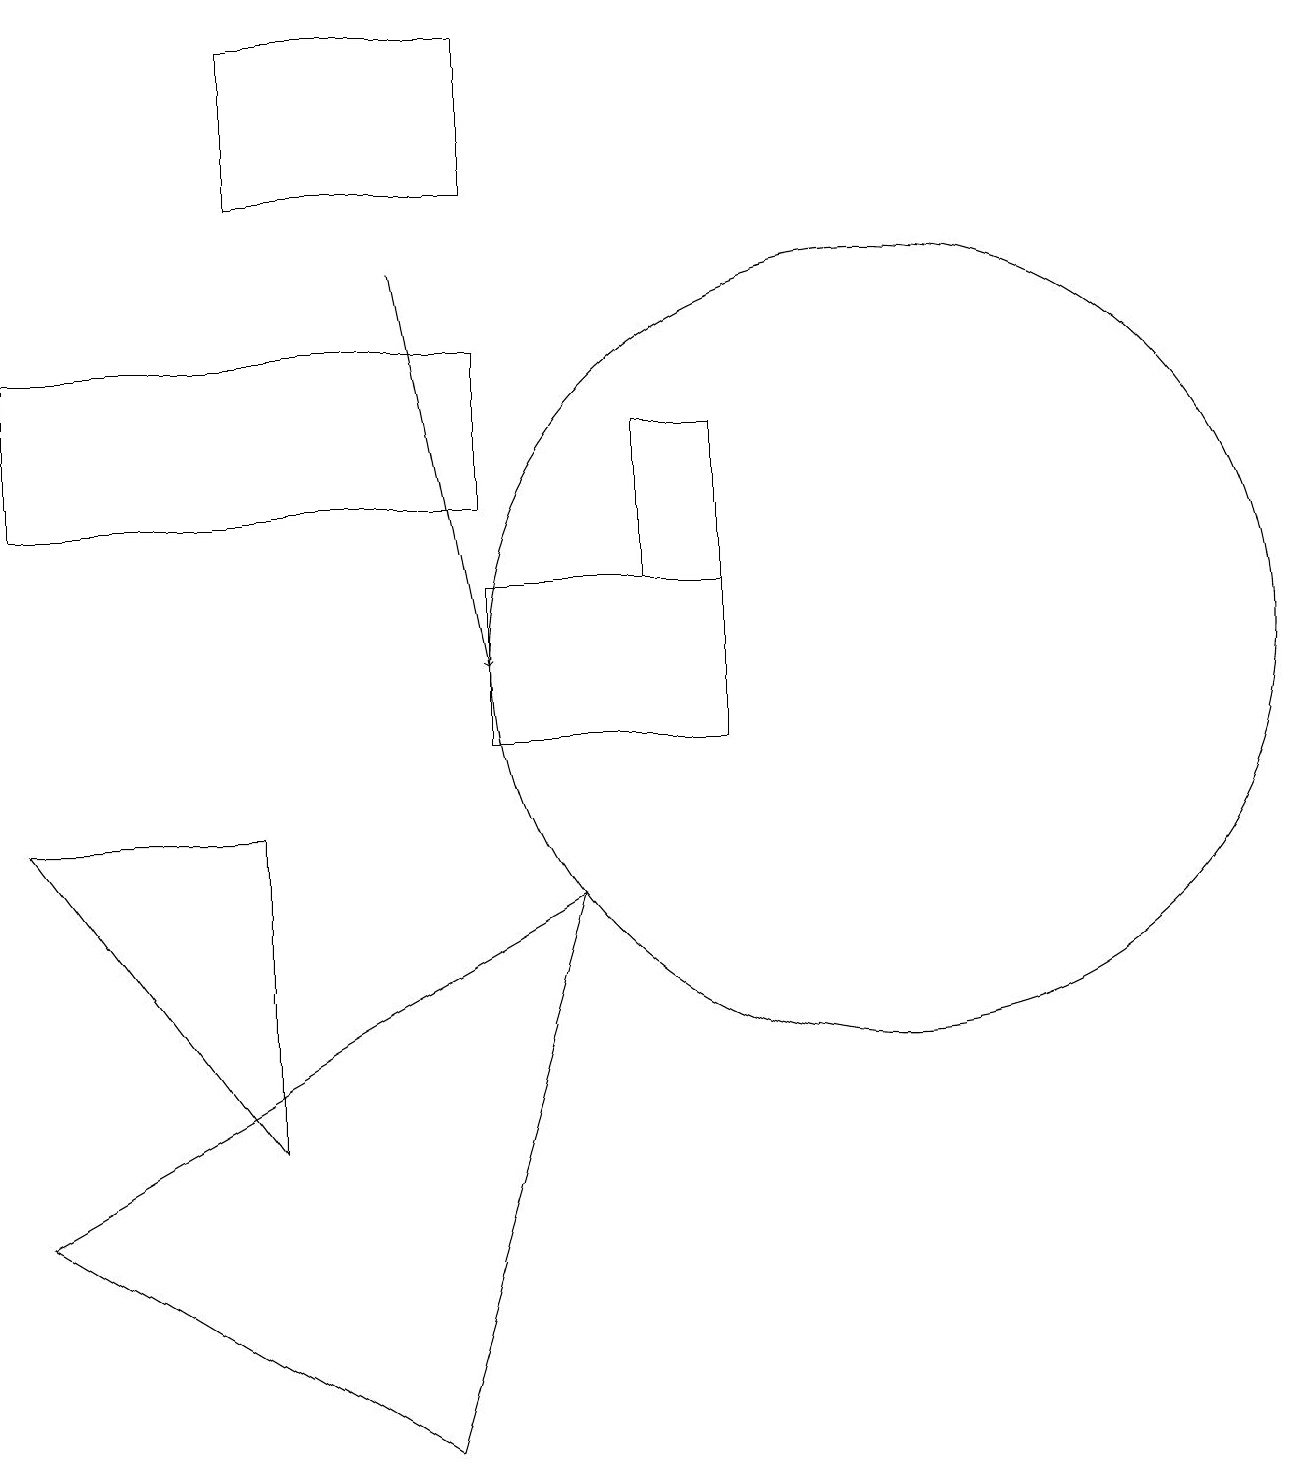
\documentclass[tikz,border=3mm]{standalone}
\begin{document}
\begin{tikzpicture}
\draw[->] (5,16) -- (6,11);
\draw (11,11) circle (5);
\draw (0,4) -- (7,8) -- (5,1) -- cycle;
\draw (6,17) rectangle (3,19);
\draw (6,13) rectangle (0,15);
\draw (0,9) -- (3,5) -- (3,9) -- cycle;
\draw (6,12) rectangle (9,10);
\draw (8,12) rectangle (9,14);
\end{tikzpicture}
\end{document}